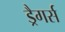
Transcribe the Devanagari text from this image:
ड्रैगर्स